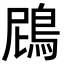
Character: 䲿